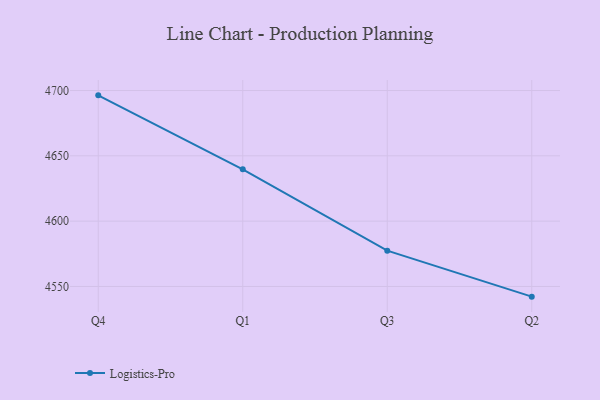
{"axis": {"x": "Quarter", "y": "Customer Acquisition Cost (USD)"}, "legend": ["Logistics-Pro"], "data": [{"x": "Q4", "y": 4696.3, "type": "Logistics-Pro"}, {"x": "Q1", "y": 4639.7, "type": "Logistics-Pro"}, {"x": "Q3", "y": 4577.4, "type": "Logistics-Pro"}, {"x": "Q2", "y": 4542.2, "type": "Logistics-Pro"}]}